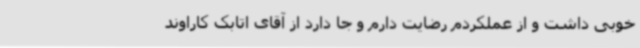
خوبی داشت و از عملکردم رضایت دارم و جا دارد از آقای اتابک کاراوند